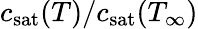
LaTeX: c_{\mathrm{sat}}(T)/c_{\mathrm{sat}}(T_{\infty})